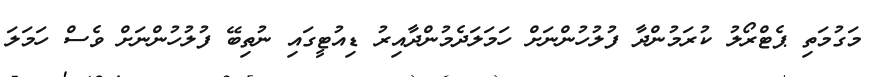
މަގުމަތި ޕެޓްރޯލު ކުރަމުންދާ ފުލުހުންނަށް ހަމަލަދެމުންދާއިރު ޑިއުޓީގައި ނުތިބޭ ފުލުހުންނަށް ވެސް ހަމަލަ